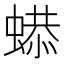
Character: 𧎦